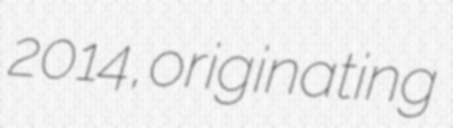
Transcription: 2014, originating